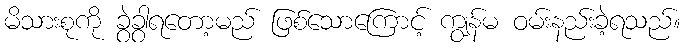
မိသားစုကို ခွဲခွာရတော့မည် ဖြစ်သောကြောင့် ကျွန်မ ဝမ်းနည်းခဲ့ရသည်။